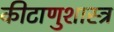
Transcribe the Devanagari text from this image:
कीटाणुशास्त्र